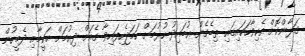
ގަލާންކޮށް އެކިވާހަކައިގައި ތިބެގެން ޢުބައިދު ހުރުމަށް ހަމަޖެހިފައިވާ ގެއަށް ދިއުމަށް ޙަކީމާއި ދެމީހުން